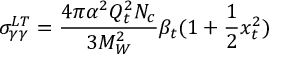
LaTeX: \sigma _ { \gamma \gamma } ^ { L T } = \frac { 4 \pi \alpha ^ { 2 } Q _ { t } ^ { 2 } N _ { c } } { 3 M _ { W } ^ { 2 } } \beta _ { t } ( 1 + \frac { 1 } { 2 } x _ { t } ^ { 2 } )